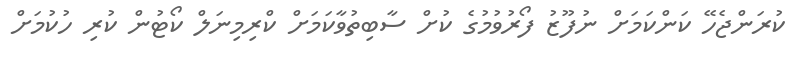
ކުރަންޖެހޭ ކަންކަމަށް ނުފޫޒު ފޯރުވުމުގެ ކުށް ސާބިތުވާކަމަށް ކްރިމިނަލް ކޯޓުން ކުރި ހުކުމަށް